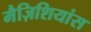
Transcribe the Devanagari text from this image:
मैज़िशियांस